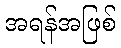
အရန်အဖြစ်